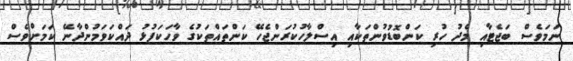
ނަމަވެސް ބަޖެޓާއި މެދު ހުރި ކަންބޮޑުވުންތަކާއި އިސްލާހުކުރަންޖެހޭ ކަންތައްތަކުގެ ވާހަކަފުޅު ދައްކަވަމުންދާނޭ ކަމަށްވެސް